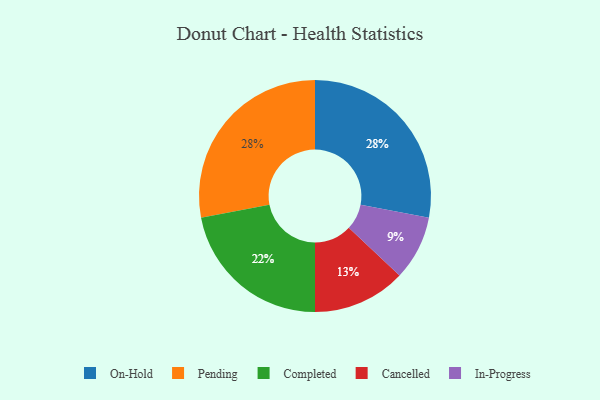
{"axis": {"x": "Category", "y": "Percentage"}, "legend": ["Cancelled", "Completed", "In-Progress", "On-Hold", "Pending"], "data": [{"x": "In-Progress", "y": 9, "type": "In-Progress"}, {"x": "On-Hold", "y": 28, "type": "On-Hold"}, {"x": "Cancelled", "y": 13, "type": "Cancelled"}, {"x": "Pending", "y": 28, "type": "Pending"}, {"x": "Completed", "y": 22, "type": "Completed"}]}